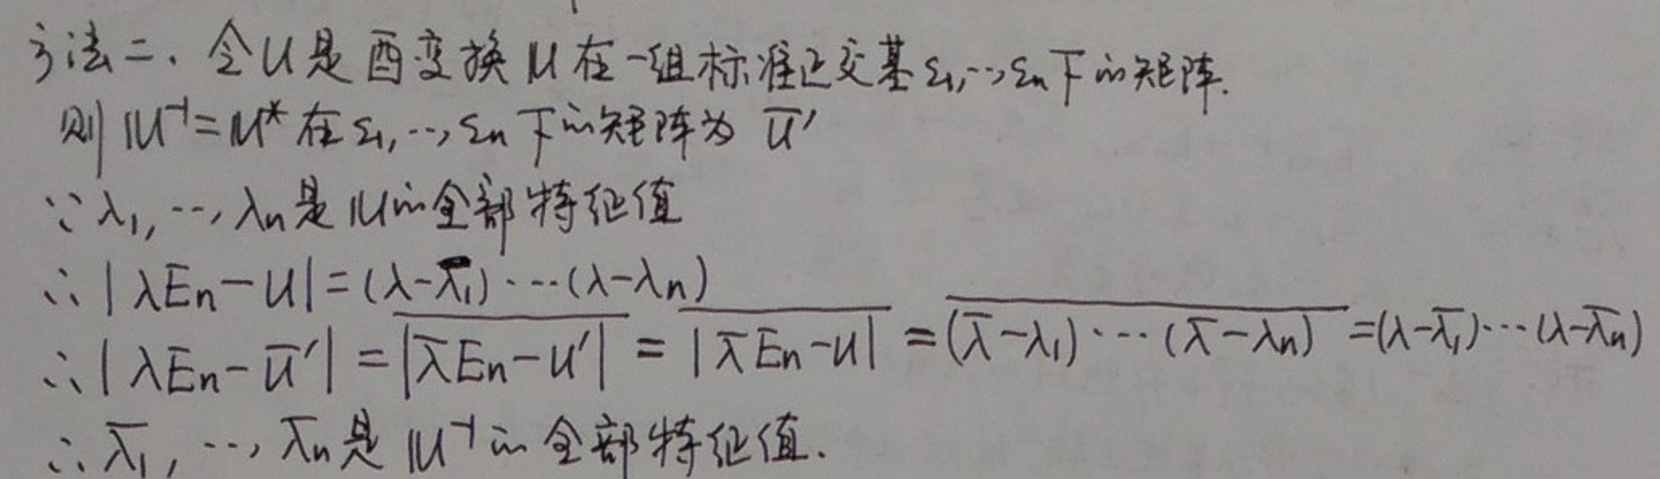
方法二：
令\(U\)是酉变换\(U\)在一组标准正交基\(s_1,\cdots,s_n\)下的矩阵。

则\(\vert U\vert = U^*\)在\(s_1,\cdots,s_n\)下的矩阵为\(U'\)

1. \(\lambda_1,\cdots,\lambda_n\)是\(\vert U\vert\)全部特征值

2. \(\vert\lambda E_n - U\vert = (\lambda-\lambda_1)\cdots(\lambda-\lambda_n)\)

\[
\vert\lambda E_n - U'\vert=\vert\lambda E_n - U^*\vert=\vert\lambda E_n - U\vert = (\lambda-\lambda_1)\cdots(\lambda-\lambda_n)=(\overline{\lambda}-\overline{\lambda_1})\cdots(\overline{\lambda}-\overline{\lambda_n})
\]

3. \(\overline{\lambda_1},\cdots,\overline{\lambda_n}\)是\(U^*\)全部特征值